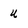
Character: u